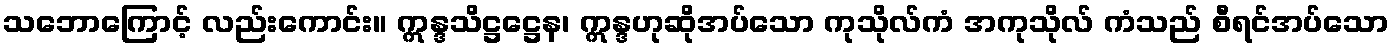
သဘောကြောင့် လည်းကောင်း။ ဣန္ဒသိဋ္ဌဋ္ဌေန၊ ဣန္ဒဟုဆိုအပ်သော ကုသိုလ်ကံ အကုသိုလ် ကံသည် စီရင်အပ်သော